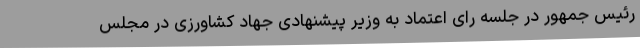
رئیس جمهور در جلسه رای اعتماد به وزیر پیشنهادی جهاد کشاورزی در مجلس